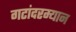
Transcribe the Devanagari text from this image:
गटांदरम्यान